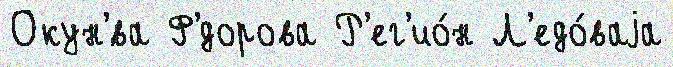
Окун'́ва Ф'́дорова Р'ег'ио́н Л'едо́ваjа